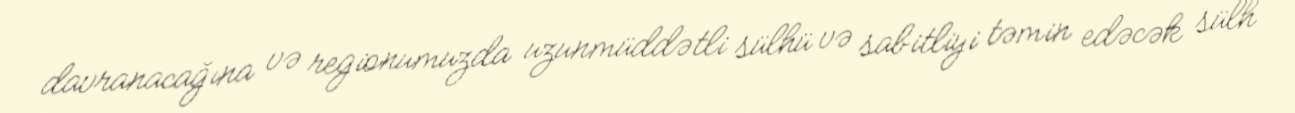
davranacağına və regionumuzda uzunmüddətli sülhü və sabitliyi təmin edəcək sülh